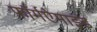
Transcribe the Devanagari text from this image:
फॉर्मऐमाइड